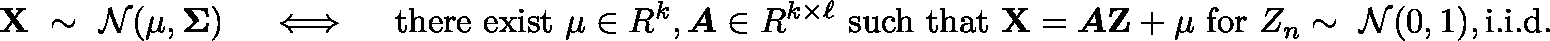
\mathbf { X } \ \sim \ { \mathcal { N } } ( \mathbf { \mu } , { \boldsymbol { \Sigma } } ) \quad \iff \quad { \mathrm { t h e r e ~ e x i s t ~ } } \mathbf { \mu } \in \mathbb { R } ^ { k } , { \boldsymbol { A } } \in \mathbb { R } ^ { k \times \ell } { \mathrm { ~ s u c h ~ t h a t ~ } } \mathbf { X } = { \boldsymbol { A } } \mathbf { Z } + \mathbf { \mu } { \mathrm { ~ f o r ~ } } Z _ { n } \sim \ { \mathcal { N } } ( 0 , 1 ) , { \mathrm { i . i . d . } }